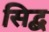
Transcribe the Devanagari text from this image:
सिद्ब